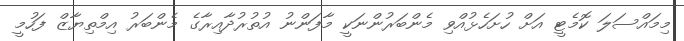
މިމައްސަލަ ކޮމެޓީ އަށް ހުށަހެޅުއްވި މެންބަރުންނަކީ މާފަންނު އުތުރުދާއިރާގެ މެންބަރު އިމްތިޔާޒް ފަހުމީ